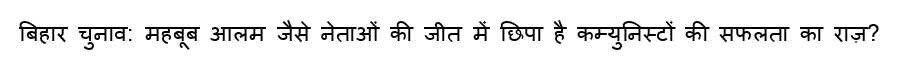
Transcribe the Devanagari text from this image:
बिहार चुनाव: महबूब आलम जैसे नेताओं की जीत में छिपा है कम्युनिस्टों की सफलता का राज़?